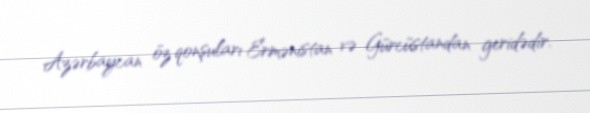
Azərbaycan öz qonşuları Ermənistan və Gürcüstandan geridədir.